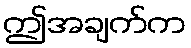
ဤအချက်က